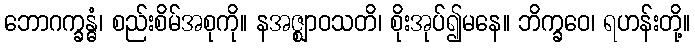
ဘောဂက္ခန္ဓံ၊ စည်းစိမ်အစုကို။ နအဇ္ဈာဝသတိ၊ စိုးအုပ်၍မနေ။ ဘိက္ခဝေ၊ ရဟန်းတို့။